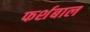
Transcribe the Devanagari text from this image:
फर्शबाल